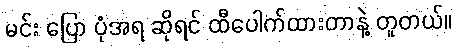
မင်း ပြော ပုံအရ ဆိုရင် ထီပေါက်ထားတာနဲ့ တူတယ်။